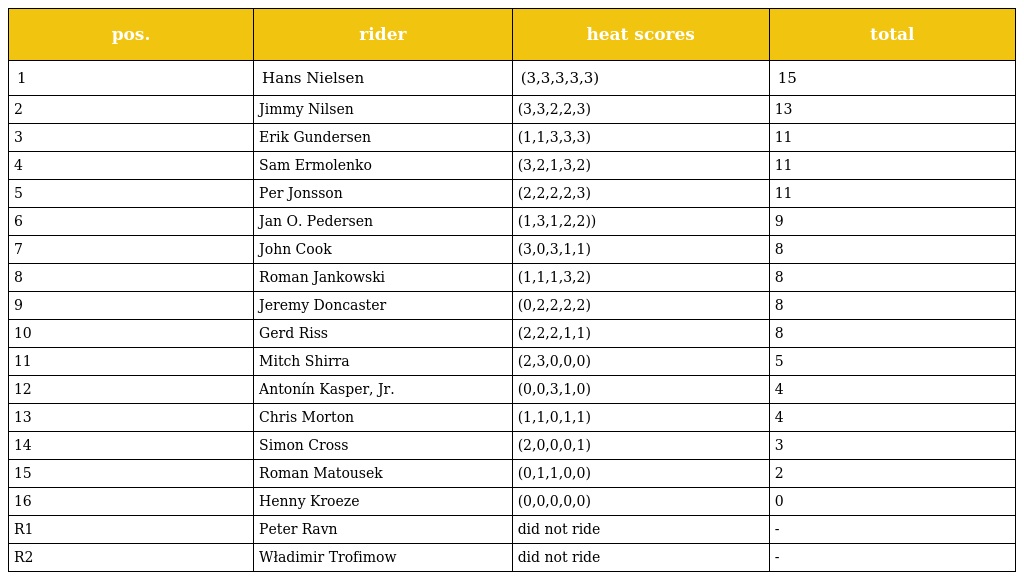
| pos. | rider | heat scores | total |
 | --- | --- | --- | --- |
 | 1 | Hans Nielsen | (3,3,3,3,3) | 15 |
 | 2 | Jimmy Nilsen | (3,3,2,2,3) | 13 |
 | 3 | Erik Gundersen | (1,1,3,3,3) | 11 |
 | 4 | Sam Ermolenko | (3,2,1,3,2) | 11 |
 | 5 | Per Jonsson | (2,2,2,2,3) | 11 |
 | 6 | Jan O. Pedersen | (1,3,1,2,2)) | 9 |
 | 7 | John Cook | (3,0,3,1,1) | 8 |
 | 8 | Roman Jankowski | (1,1,1,3,2) | 8 |
 | 9 | Jeremy Doncaster | (0,2,2,2,2) | 8 |
 | 10 | Gerd Riss | (2,2,2,1,1) | 8 |
 | 11 | Mitch Shirra | (2,3,0,0,0) | 5 |
 | 12 | Antonín Kasper, Jr. | (0,0,3,1,0) | 4 |
 | 13 | Chris Morton | (1,1,0,1,1) | 4 |
 | 14 | Simon Cross | (2,0,0,0,1) | 3 |
 | 15 | Roman Matousek | (0,1,1,0,0) | 2 |
 | 16 | Henny Kroeze | (0,0,0,0,0) | 0 |
 | R1 | Peter Ravn | did not ride | - |
 | R2 | Władimir Trofimow | did not ride | - |